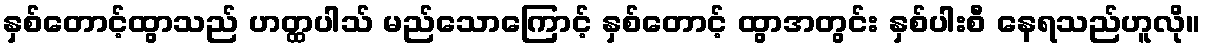
နှစ်တောင့်ထွာသည် ဟတ္ထပါသ် မည်သောကြောင့် နှစ်တောင့် ထွာအတွင်း နှစ်ပါးစီ နေရသည်ဟူလို။